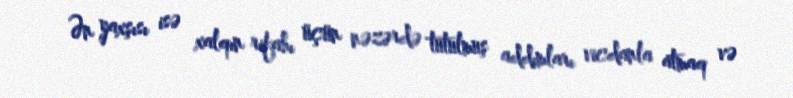
Ən yaxşısı isə xalqın rifahı üçün nəzərdə tutulmuş addımları vicdanla atmaq və